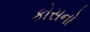
કોસનો